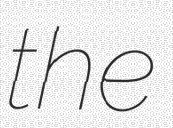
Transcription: the